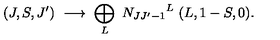
( J , S , J ^ { \prime } ) \ \longrightarrow \ \bigoplus _ { L } \ { N _ { J J ^ { \prime } - 1 } } ^ { L } \ ( L , 1 - S , 0 ) .